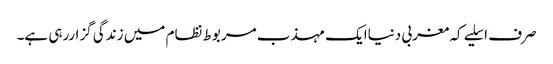
صرف اسلیے کہ مغربی دنیاایک مہذب مربوط نظام میں زندگی گزاررہی ہے۔